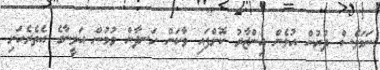
ނަމަވެސް ދުރުން އުޅެން އިންޒާރު ކޮށްފައި ވާކަން ހަނދާން ވުމުން އަލީނާގެ އެތެރެހަށި